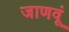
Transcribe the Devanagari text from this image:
जाणवूं